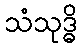
သံသုဒ္ဓိ